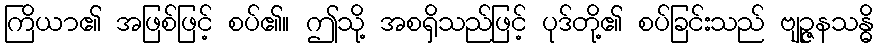
ကြိယာ၏ အဖြစ်ဖြင့် စပ်၏။ ဤသို့ အစရှိသည်ဖြင့် ပုဒ်တို့၏ စပ်ခြင်းသည် ဗျဉ္ဇနသန္ဓိ